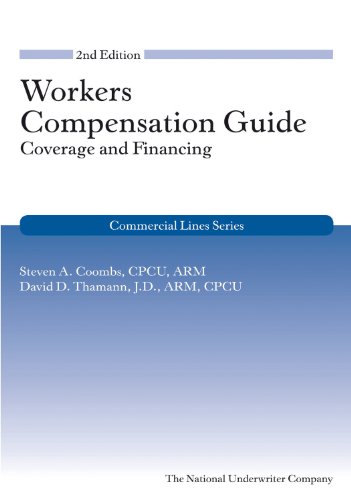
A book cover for Workers Compensation Guide: Coverage and Financing, 2nd Edition (Commercial Lines); Steven Coombs CPCU ARM; Business & Money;